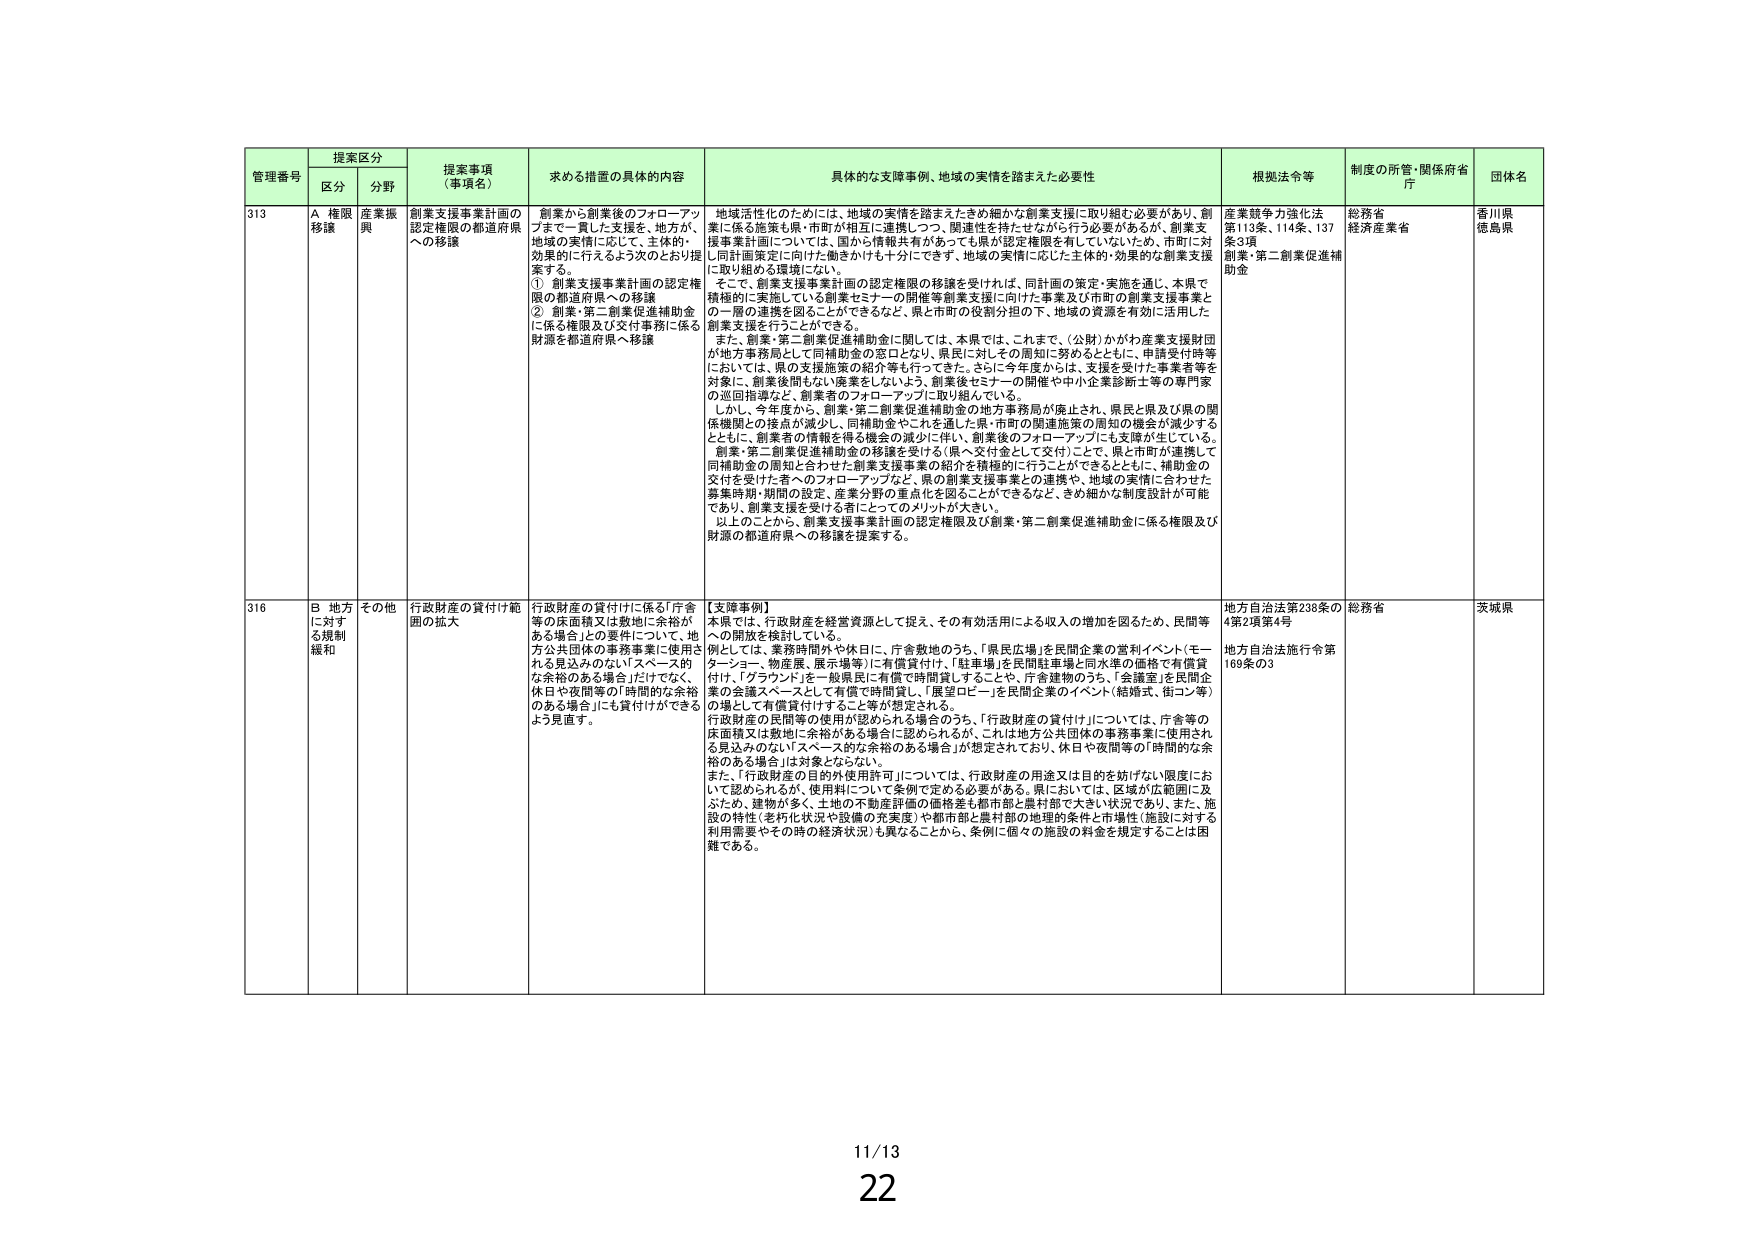
管理番号 提案区分 提案事項 （事項名） 求める措置の具体的内容 具体的な支援事例、地域の実情を踏まえた必要性 根拠法令等 制度の所管・関係府省庁 団体名
区分 分野
313 A 権限移譲 産業振興 創業支援事業計画の認定権限の都道府県への移譲 創業から創業後のフォローアップまで一貫した支援を、地方が、地域の実情に応じて、主体的・効果的に行えるよう次のとおり提案する。
① 創業支援事業計画の認定権限の都道府県への移譲
② 創業・第二創業促進補助金に係る権限及び交付事務に係る財源を都道府県へ移譲 地域活性化のためには、地域の実情を踏まえたきめ細かな創業支援に取り組む必要があり、創業に係る施策も県・市町が相互に連携しつつ、関連性を持たせながら行う必要があるが、創業支援事業計画については、国から情報共有があっても県が認定権限を有していないため、市町に対し同計画策定に向けた働きかけも十分にできず、地域の実情に応じた主体的・効果的な創業支援に取り組める環境にはない。
そこで、創業支援事業計画の認定権限の移譲を受ければ、同計画の策定・実施を通じ、本県で積極的に実施している創業セミナーの開催等創業支援に向けた事業及び市町の創業支援事業との一層の連携を図ることができるなど、県と市町の役割分担の下、地域の資源を有効に活用した創業支援を行うことができる。
また、創業・第二創業促進補助金に関しては、本県では、これまで、（公財）かがわ産業支援財団が地方事務局として同補助金の窓口となり、県民に対しての周知に努めるとともに、申請受付時等においては、県の支援施策の紹介等も行ってきた。さらに今年度からは、支援を受けた事業者等を対象に、創業後間もない事業をしないよう、創業後セミナーの開催や中小企業診断士等の専門家の巡回指導など、創業者のフォローアップに取り組んでいる。
しかし、今年度から、創業・第二創業促進補助金の地方事務局が廃止され、県民と県及び県の関係機関との接点が減少し、同補助金やこれを通した県・市町の関連施策の周知の機会が減少するとともに、創業者の情報を得る機会の減少に伴い、創業後のフォローアップにも支障が生じる。創業・第二創業促進補助金の移譲を受ける（県へ交付金として交付）ことで、県と市町が連携して同補助金の周知と合わせた創業支援事業の紹介を積極的に行うことができるとともに、補助金の交付を受けた者へのフォローアップなど、県の創業支援事業との連携や、地域の実情に合わせた募集時期・期間の設定、産業分野の重点化を図ることができるなど、きめ細かな制度設計が可能であり、創業支援を受ける者にとってのメリットが大きい。
以上のことから、創業支援事業計画の認定権限及び創業・第二創業促進補助金に係る権限及び財源の都道府県への移譲を提案する。 産業競争力強化法第113条、114条、137条3項
創業・第二創業促進補助金 総務省
経済産業省 香川県
徳島県
316 B 地方に対する規制緩和 その他 行政財産の貸付け範囲の拡大 行政財産の貸付けに係る「庁舎等の床面積又は敷地に余裕がある場合」の要件について、地方公共団体の事務事業に使用される見込みのない「スペース的な余裕のある場合」だけでなく、休日や夜間等の「時間的な余裕のある場合」にも貸付けができるよう見直す。 【支援事例】
本県では、行政財産を経営資源として捉え、その有効活用による収入の増加を図るため、民間等への開放を検討している。
例えば、業務時間外や休日に、庁舎敷地のうち、「県民広場」を民間企業の営利イベント（モーターショー、物産展、展示場等）に有償貸付け、「駐車場」を民間駐車場と同水準の価格で有償貸付け、「グラウンド」を一般県民に有償で時間貸しすることや、庁舎建物のうち、「会議室」を民間企業の会議スペースとして有償で時間貸し、「展望ロビー」を民間企業のイベント（結婚式、街コン等）の場として有償貸付けすることが想定される。
行政財産の民間等の使用が認められる場合のうち、「行政財産の貸付け」については、庁舎等の床面積又は敷地に余裕がある場合に認められるが、これは地方公共団体の事務事業に使用される見込みのない「スペース的な余裕のある場合」が想定されており、休日や夜間等の「時間的な余裕のある場合」は対象とならない。
また、「行政財産の目的外使用許可」については、行政財産の用途又は目的を妨げない限度において認められるが、使用料について条例で定める必要がある。県においては、区域が広範囲に及ぶため、建物が多く、土地の不動産評価の価格差も都市部と農村部で大きい状況であり、また、施設の特性（老朽化状況や設備の充実度）や都市部と農村部の地理的条件と市場性（施設に対する利用需要やその時の経済状況）も異なることから、条例に個々の施設の料金を規定することは困難である。 地方自治法第238条の4第2項第4号
地方自治法施行令第169条の3 総務省 茨城県
11/13
22